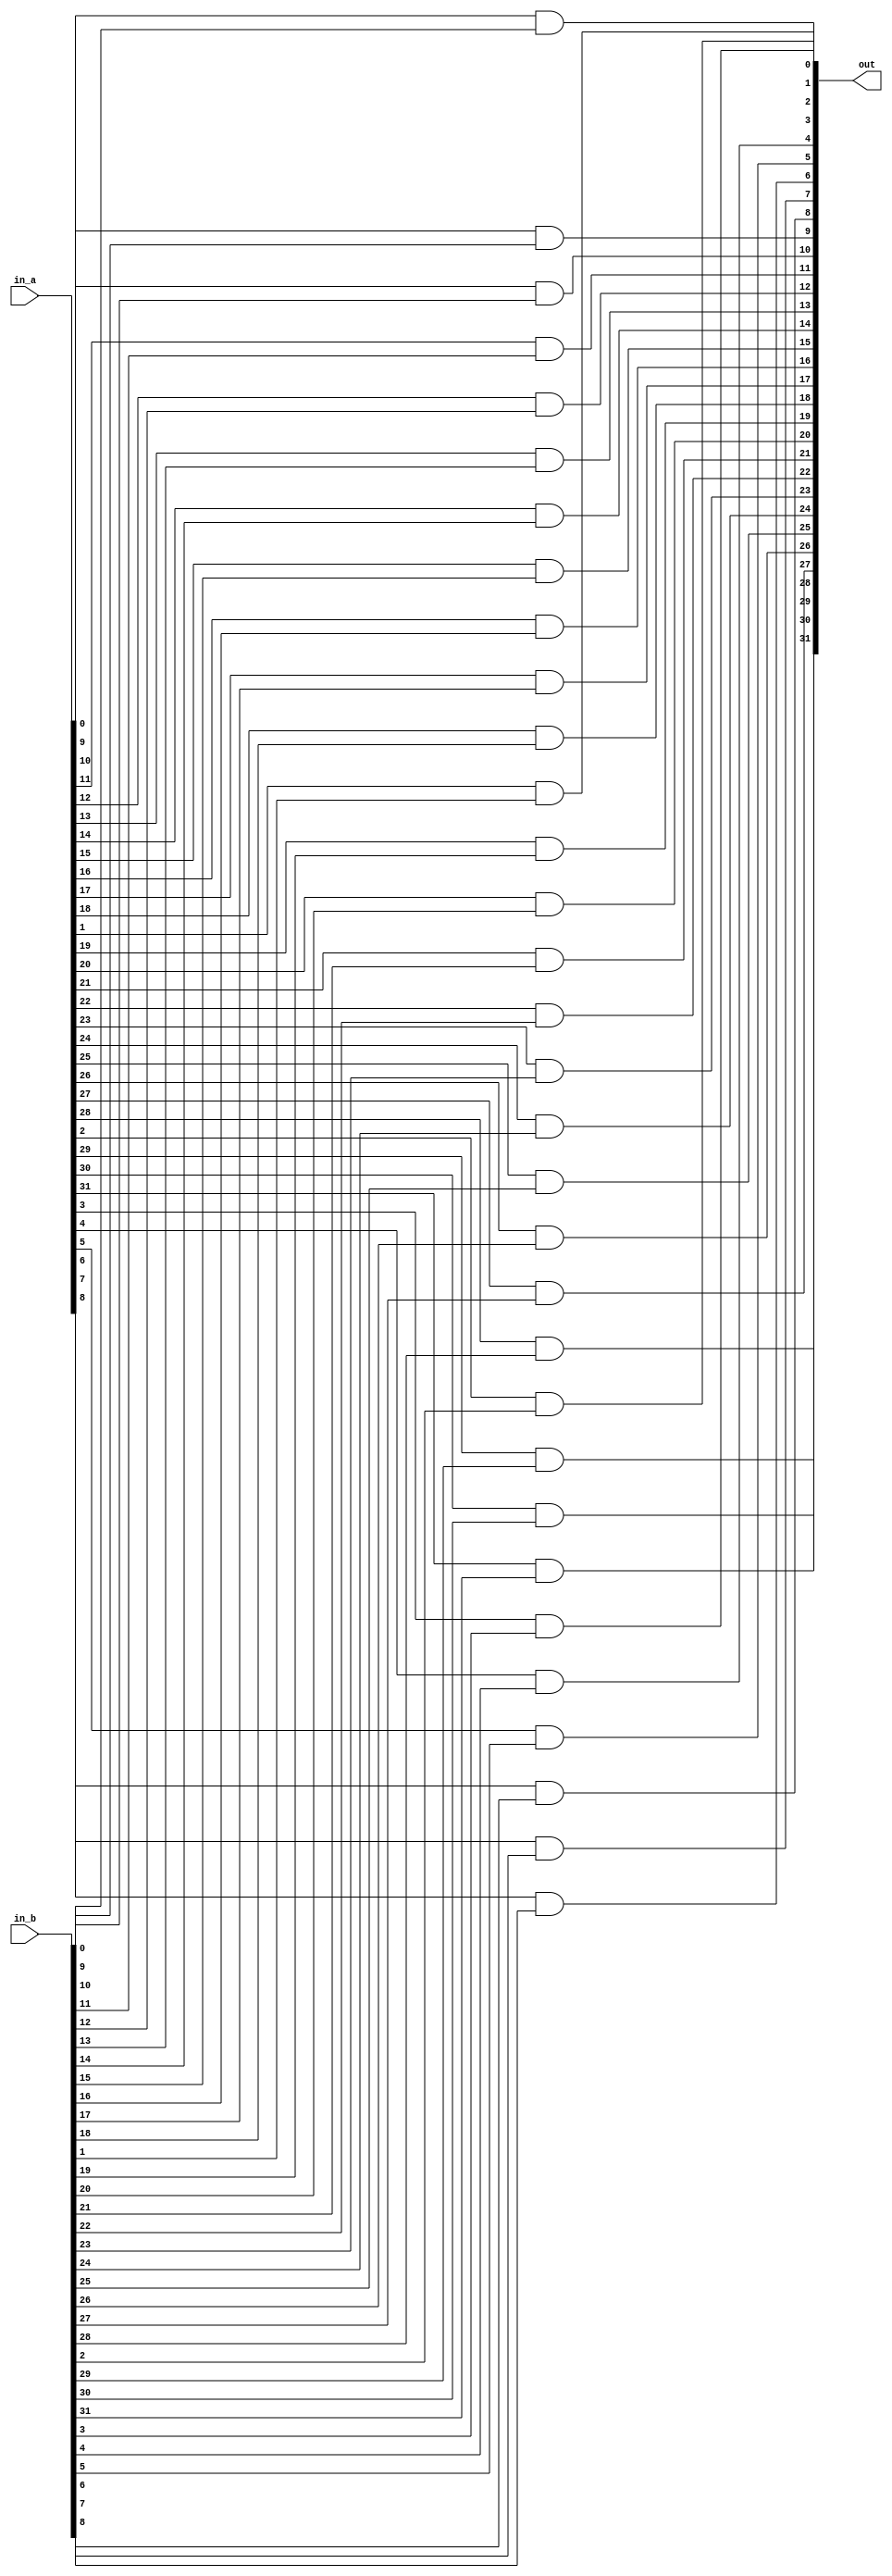
module logic_and (in_a, in_b, out);
	input [31:0] in_a, in_b;
	output [31:0] out;
	genvar i;
	generate
	for(i = 0; i < 32; i = i+1) begin: generate_block_identifier1
		and and_1(out[i], in_a[i], in_b[i]);
	end
	endgenerate
endmodule